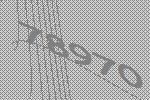
78970